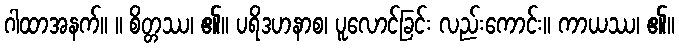
ဂါထာအနက်။ ။ စိတ္တဿ၊ ၏။ ပရိဒဟနာစ၊ ပူလောင်ခြင်း လည်းကောင်း။ ကာယဿ၊ ၏။